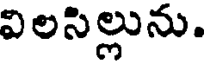
విలసిల్లును.